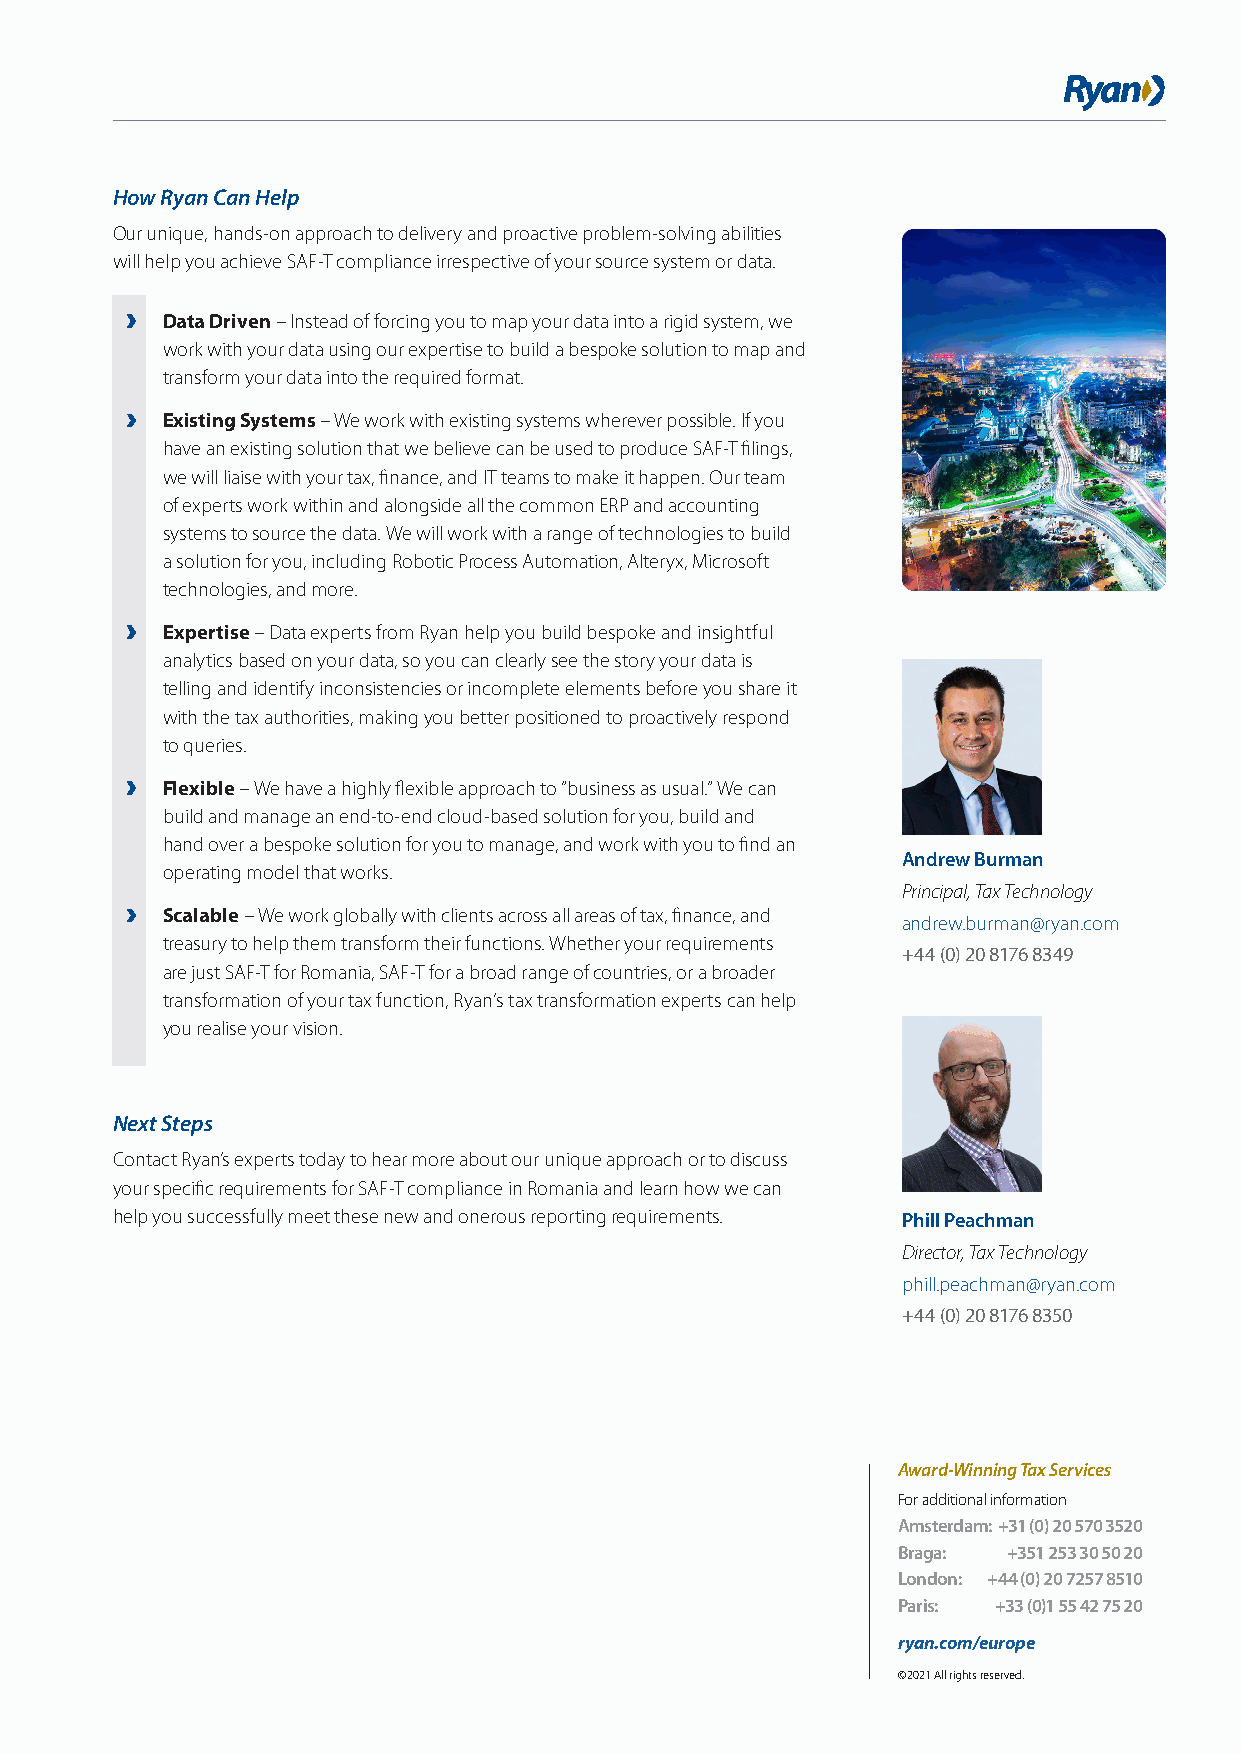
How Ryan Can Help
 Our unique, hands-on approach to delivery and proactive problem-solving abilities
 will help you achieve SAF-T compliance irrespective of your source system or data.
 Data Driven – Instead of forcing you to map your data into a rigid system, we
 work with your data using our expertise to build a bespoke solution to map and
 transform your data into the required format.
 Existing Systems – We work with existing systems wherever possible. If you
 have an existing solution that we believe can be used to produce SAF-T filings,
 we will liaise with your tax, finance, and IT teams to make it happen. Our team
 of experts work within and alongside all the common ERP and accounting
 systems to source the data. We will work with a range of technologies to build
 a solution for you, including Robotic Process Automation, Alteryx, Microsoft
 technologies, and more.
 Expertise – Data experts from Ryan help you build bespoke and insightful
 analytics based on your data, so you can clearly see the story your data is
 telling and identify inconsistencies or incomplete elements before you share it
 with the tax authorities, making you better positioned to proactively respond
 to queries.
 Flexible – We have a highly flexible approach to “business as usual.” We can
 build and manage an end-to-end cloud-based solution for you, build and
 hand over a bespoke solution for you to manage, and work with you to find an
 Andrew Burman
 operating model that works.
 Principal, Tax Technology
 Scalable – We work globally with clients across all areas of tax, finance, and
 andrew.burman@ryan.com
 treasury to help them transform their functions. Whether your requirements
 +44 (0) 20 8176 8349
 are just SAF-T for Romania, SAF-T for a broad range of countries, or a broader
 transformation of your tax function, Ryan’s tax transformation experts can help
 you realise your vision.
 Next Steps
 Contact Ryan’s experts today to hear more about our unique approach or to discuss
 your specific requirements for SAF-T compliance in Romania and learn how we can
 help you successfully meet these new and onerous reporting requirements. Phill Peachman
 Director, Tax Technology
 phill.peachman@ryan.com
 +44 (0) 20 8176 8350
 Award-Winning Tax Services
 For additional information
 Amsterdam: +31 (0) 20 570 3520
 Braga:  +351 253 30 50 20
 London: +44 (0) 20 7257 8510
 Paris: +33 (0)1 55 42 75 20
 ryan.com/europe
 © 2021 All rights reserved.